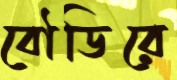
বৌডিরে